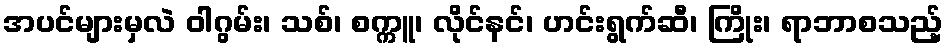
အပင်များမှလဲ ဝါဂွမ်း၊ သစ်၊ စက္ကူ၊ လိုင်နင်၊ ဟင်းရွက်ဆီ၊ ကြိုး၊ ရာဘာစသည့်